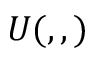
U ( , , )